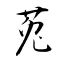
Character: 莵